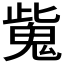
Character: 𩲨